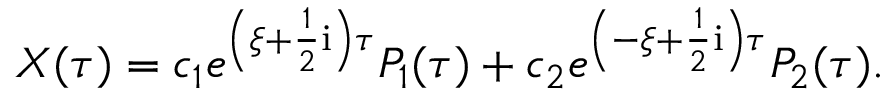
X ( \tau ) = c _ { 1 } e ^ { \left( \xi + \frac { 1 } { 2 } \mathrm { i } \right) \tau } P _ { 1 } ( \tau ) + c _ { 2 } e ^ { \left( - \xi + \frac { 1 } { 2 } \mathrm { i } \right) \tau } P _ { 2 } ( \tau ) .